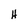
Character: H